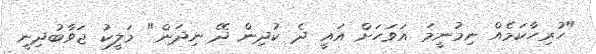
"ހުރިހާކަމެއް ނިމުނީމަ އަވަހަށް އައީ ދެ ކުދިން ދޭ ނިދަން" މަލީކު ޖަވާބުދިނީ